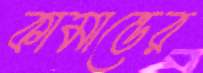
কামান্ডের